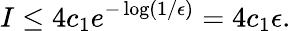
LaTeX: I\leq 4c_{1}e^{-\log(1/\epsilon)}=4c_{1}\epsilon.